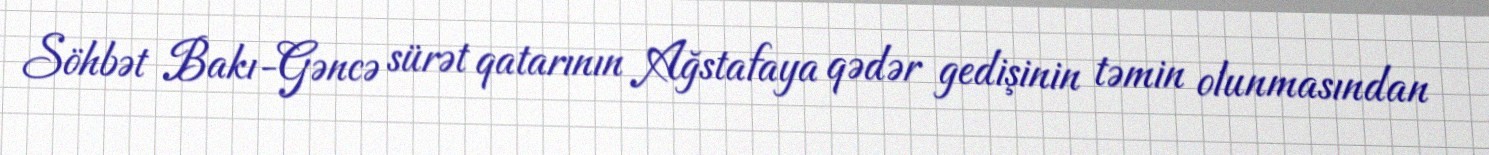
Söhbət Bakı-Gəncə sürət qatarının Ağstafaya qədər gedişinin təmin olunmasından